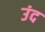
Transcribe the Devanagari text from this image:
उंद